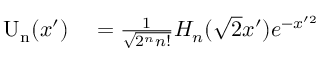
\begin{array} { r l } { \mathrm { U _ { n } } ( x ^ { \prime } ) } & { { } = \frac { 1 } { \sqrt { 2 ^ { n } n ! } } H _ { n } ( \sqrt { 2 } x ^ { \prime } ) e ^ { - x ^ { \prime 2 } } } \end{array}